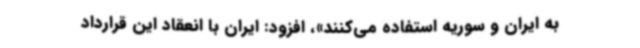
به ایران و سوریه استفاده می‌کنند»، افزود: ایران با انعقاد این قرارداد